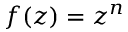
f ( z ) = z ^ { n }